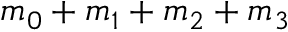
m _ { 0 } + m _ { 1 } + m _ { 2 } + m _ { 3 }